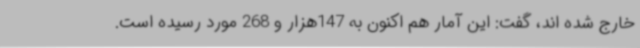
خارج شده اند، گفت: این آمار هم اکنون به 147هزار و 268 مورد رسیده است.